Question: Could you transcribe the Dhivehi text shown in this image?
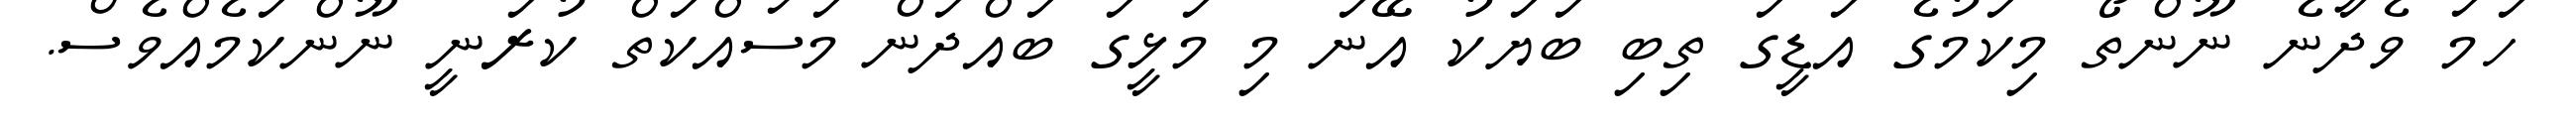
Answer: ހަމަ ވެދާނެ ނޫންތޯ މިކަމުގެ އަޑީގަ ތިބި ބަޔަކު އޭނަ މި މަޅީގަ ބައްދަން މަސައްކަތް ކުރަނީ ނޫންކަމެއްވެސް.